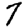
Digit: 7